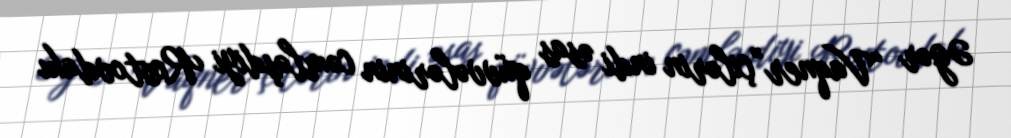
Əgər “Vaqner”çilərin indi əsas qüvvələrinin cəmləşdiyi Rostovdakı